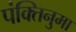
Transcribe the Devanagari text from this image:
पंक्तिनुमा